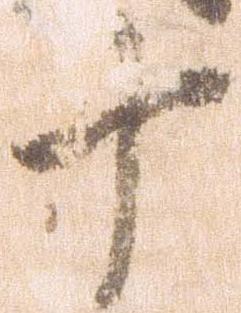
十